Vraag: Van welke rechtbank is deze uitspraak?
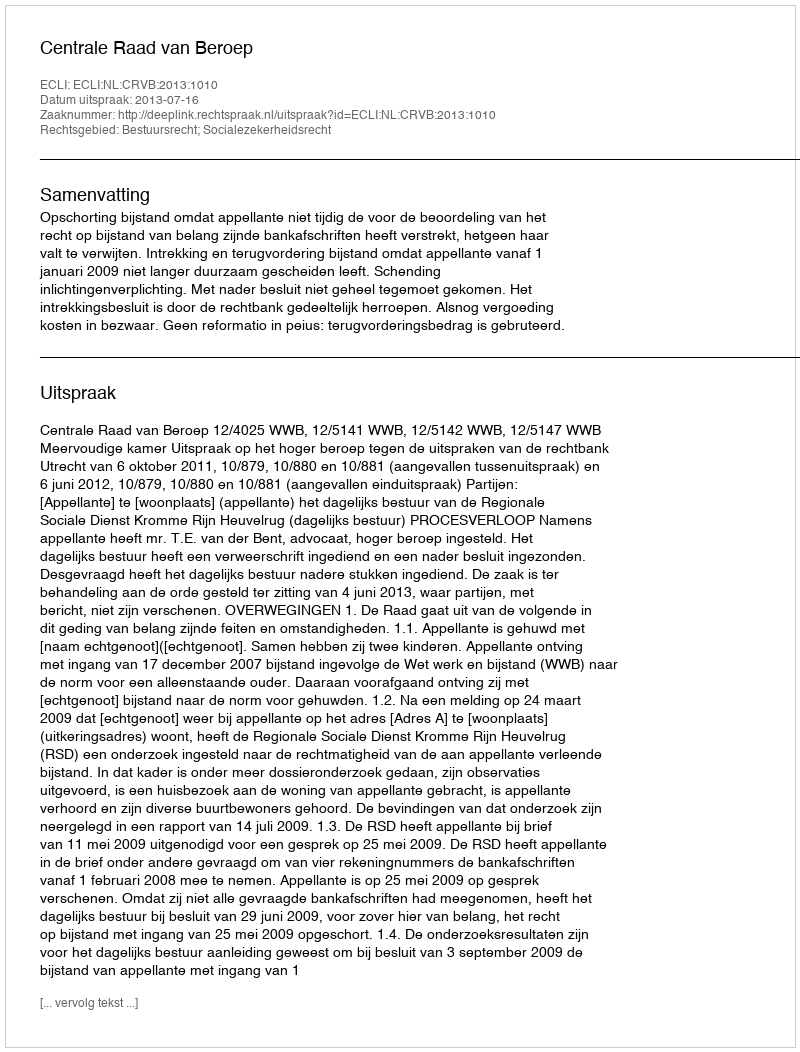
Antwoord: Centrale Raad van Beroep